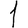
Digit: 1